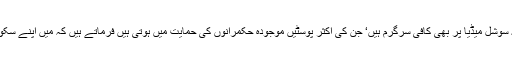
ایک مشہور کالم نگار اور تجزیہ کار جو کہ سوشل میڈیا پر بھی کافی سرگرم ہیں‘ جن کی اکثر پوسٹیں موجودہ حکمرانوں کی حمایت میں ہوتی ہیں فرماتے ہیں کہ میں اپنے سکول کا پرنسپل تھا جہاں سارا سٹاف لیڈیز ہے۔